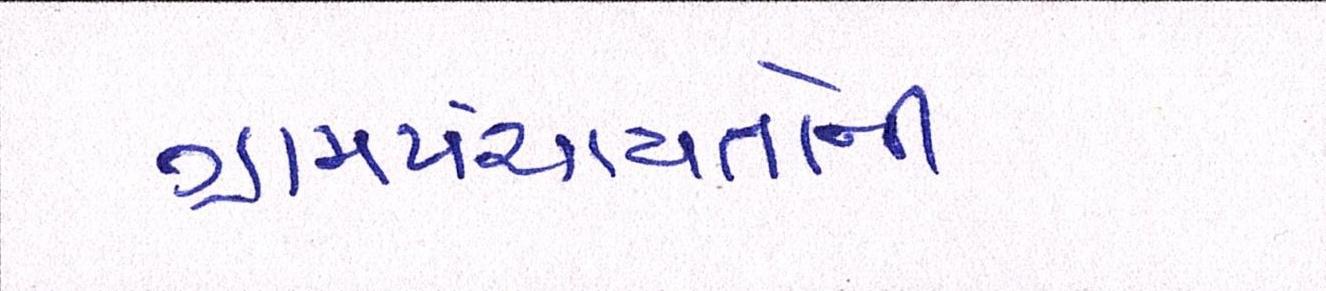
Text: ગ્રામપંચાયતોની